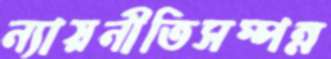
ন্যায়নীতিসম্পন্ন